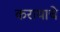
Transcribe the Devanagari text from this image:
करायाचे